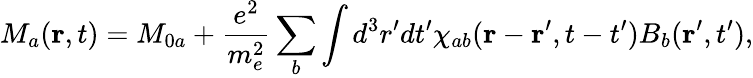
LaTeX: M_{a}(\mathbf{r},t)=M_{0a}+\frac{e^{2}}{m_{e}^{2}}\sum_{b}\int d^{3}r^{\prime}dt^{\prime}\chi_{ab}(\mathbf{r}-\mathbf{r}^{\prime},t-t^{\prime})B_{b}(\mathbf{r}^{\prime},t^{\prime}),